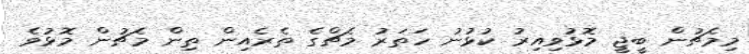
މިމެޗުން ބީޖީ މޮޅުވިއިރު ކުޅުނު ހަތަރު މެޗްގެ ތެރެއިން ތިން މެޗުން މޮޅުވެ